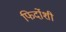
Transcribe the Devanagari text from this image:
फिर्दोशी